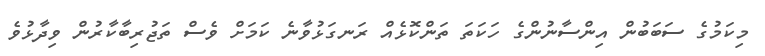
މިކަމުގެ ސަބަބުން އިންސާނުންގެ ހަކަތަ ތަންކޮޅެއް ރަނގަޅުވާނެ ކަމަށް ވެސް ތަޖުރިބާކާރުން ވިދާޅުވެ